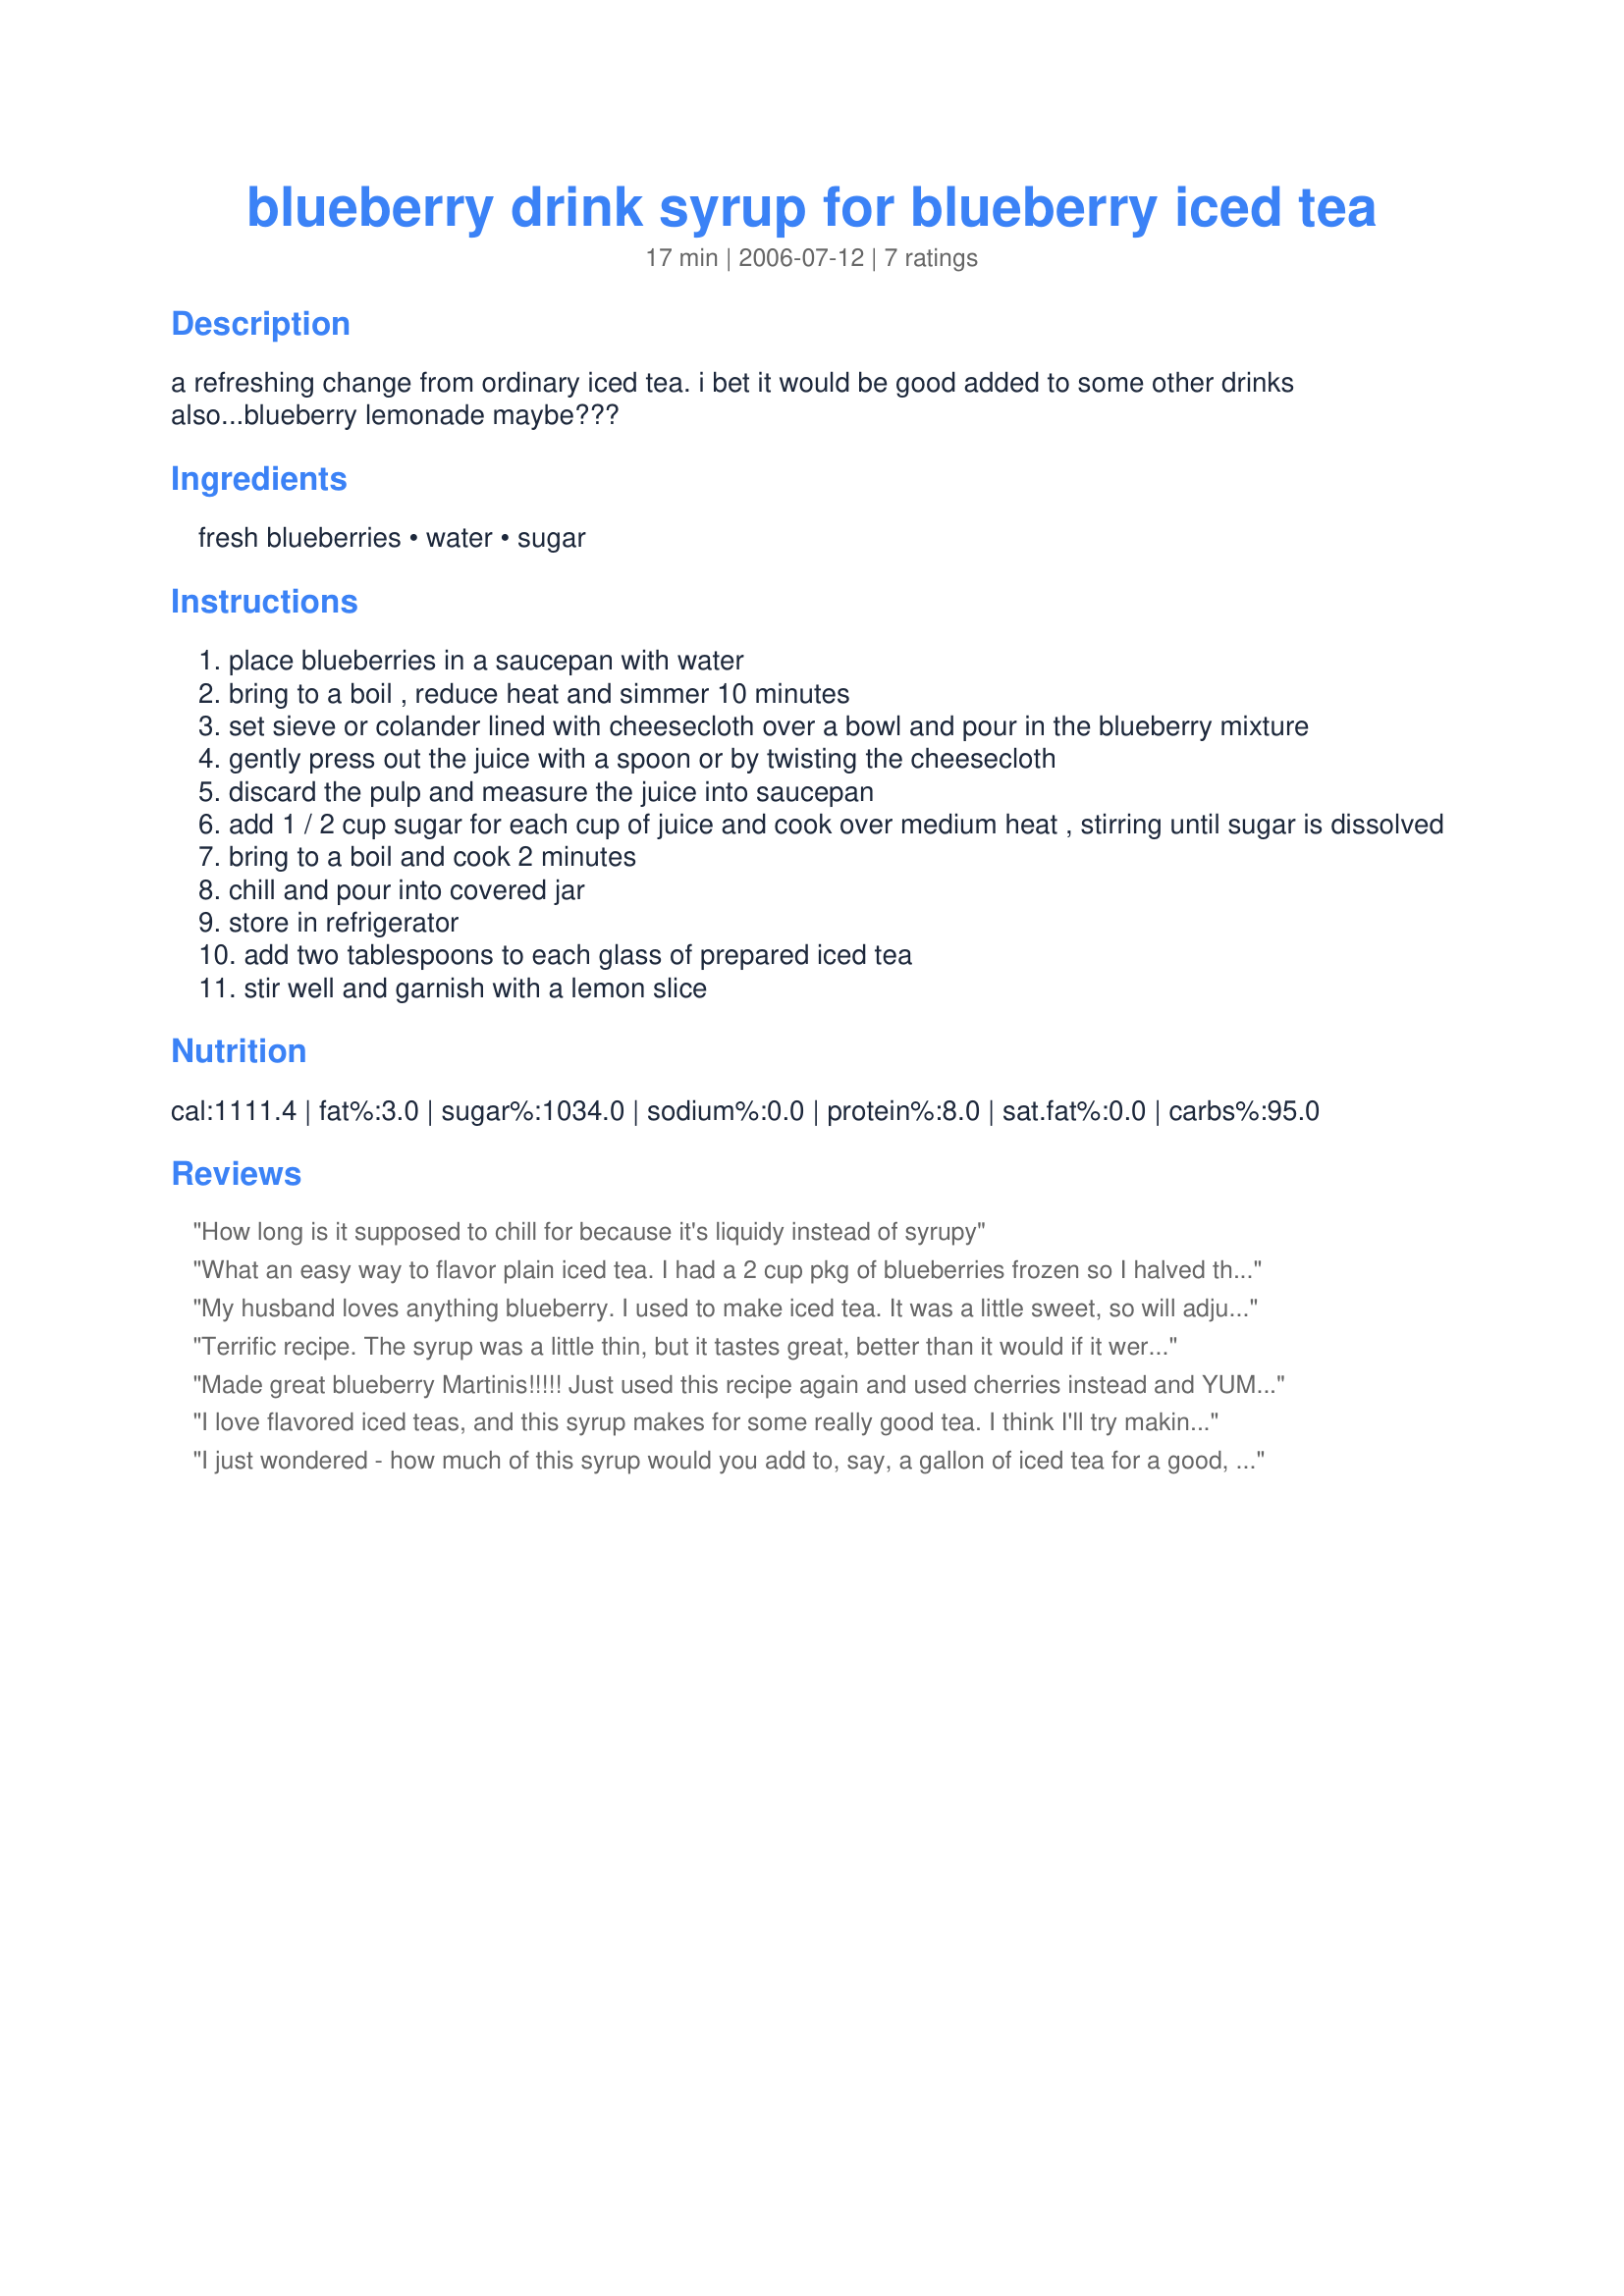
blueberry drink syrup for blueberry iced tea
Preparation time: 17 minutes

a refreshing change from ordinary iced tea. i bet it would be good added to some other drinks also...blueberry lemonade maybe???

Ingredients:
fresh blueberries, water, sugar

Steps:
place blueberries in a saucepan with water
bring to a boil , reduce heat and simmer 10 minutes
set sieve or colander lined with cheesecloth over a bowl and pour in the blueberry mixture
gently press out the juice with a spoon or by twisting the cheesecloth
discard the pulp and measure the juice into saucepan
add 1 / 2 cup sugar for each cup of juice and cook over medium heat , stirring until sugar is dissolved
bring to a boil and cook 2 minutes
chill and pour into covered jar
store in refrigerator
add two tablespoons to each glass of prepared iced tea
stir well and garnish with a lemon slice

Reviews:
How long is it supposed to chill for because it's liquidy instead of syrupy
What an easy way to flavor plain iced tea. I had a 2 cup pkg of blueberries frozen so I halved this recipe and now I am sorry I didn't make more. My syrup thickened a little, but that wasn't an issue as it thinned right out when adding to the tea. I'm trying to think of other uses for this yummy syrup. Blueberry margaritas maybe :) Thanks for sharing. Nick's Mom *Made for My 3 Chefs 2007*
My husband loves anything blueberry. I used to make iced tea. It was a little sweet, so will adjust the sugar in the future depending on the sweetness of the blueberries. May also add a splash of lemon juice to the syrup.
Terrific recipe. The syrup was a little thin, but it tastes great, better than it would if it were store made! It's recipes like this one that make me glad I joined Recipezaar!
Made great blueberry Martinis!!!!! Just used this recipe again and used cherries instead and YUMMY!!
I love flavored iced teas, and this syrup makes for some really good tea. I think I'll try making it with frozen raspberries too. Thanks!
I just wondered - how much of this syrup would you add to, say, a gallon of iced tea for a good, strong flavor?
